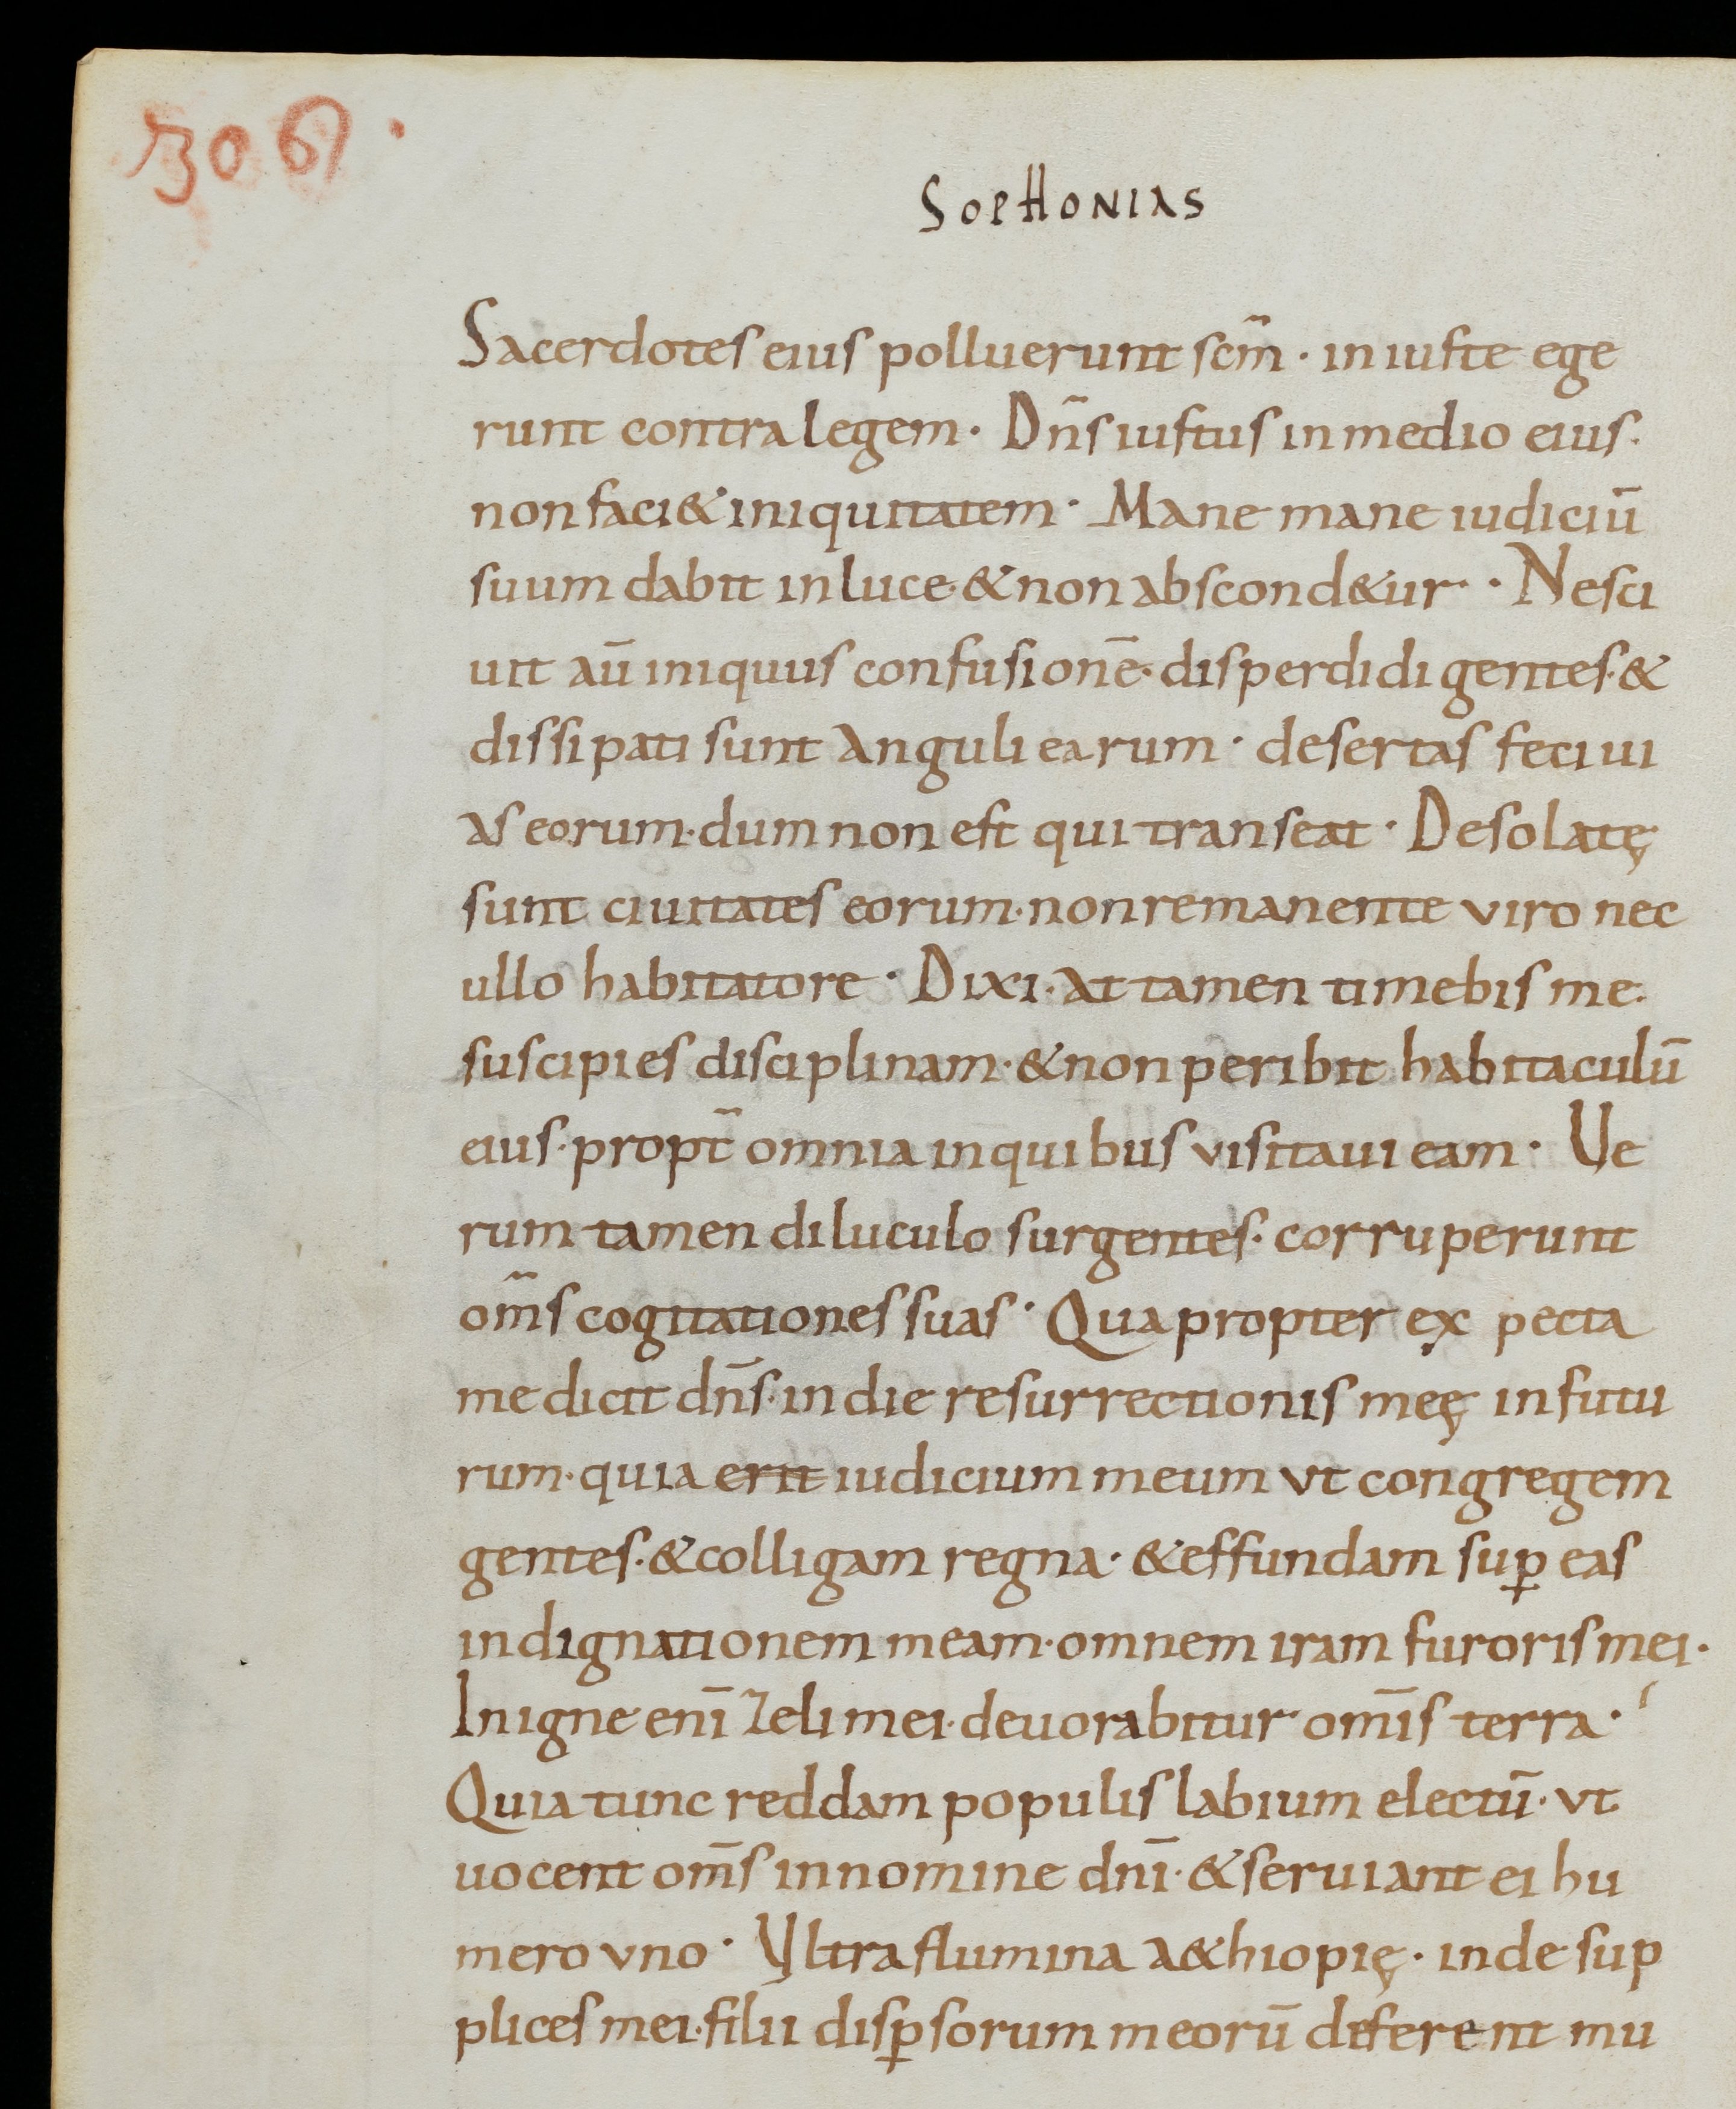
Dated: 800–899